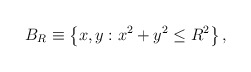
\begin{align*}B_{R} \equiv \left \{ x,y: x^{2}+y^{2} \leq R^{2} \right \},\end{align*}